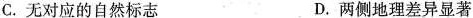
C.无对应的自然标志 D.两侧地理差异显著